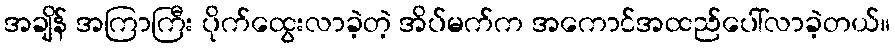
အချိန် အကြာကြီး ပိုက်ထွေးလာခဲ့တဲ့ အိပ်မက်က အကောင်အထည်ပေါ်လာခဲ့တယ်။